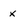
Character: x